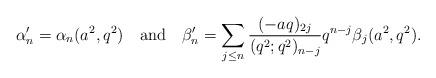
LaTeX: \begin{align*}\alpha'_n=\alpha_n(a^2,q^2)\quad\mbox{and}\quad\beta'_n=\sum_{j\leq n}\frac{(-aq)_{2j}}{(q^2;q^2)_{n-j}}q^{n-j}\beta_j(a^2,q^2).\end{align*}